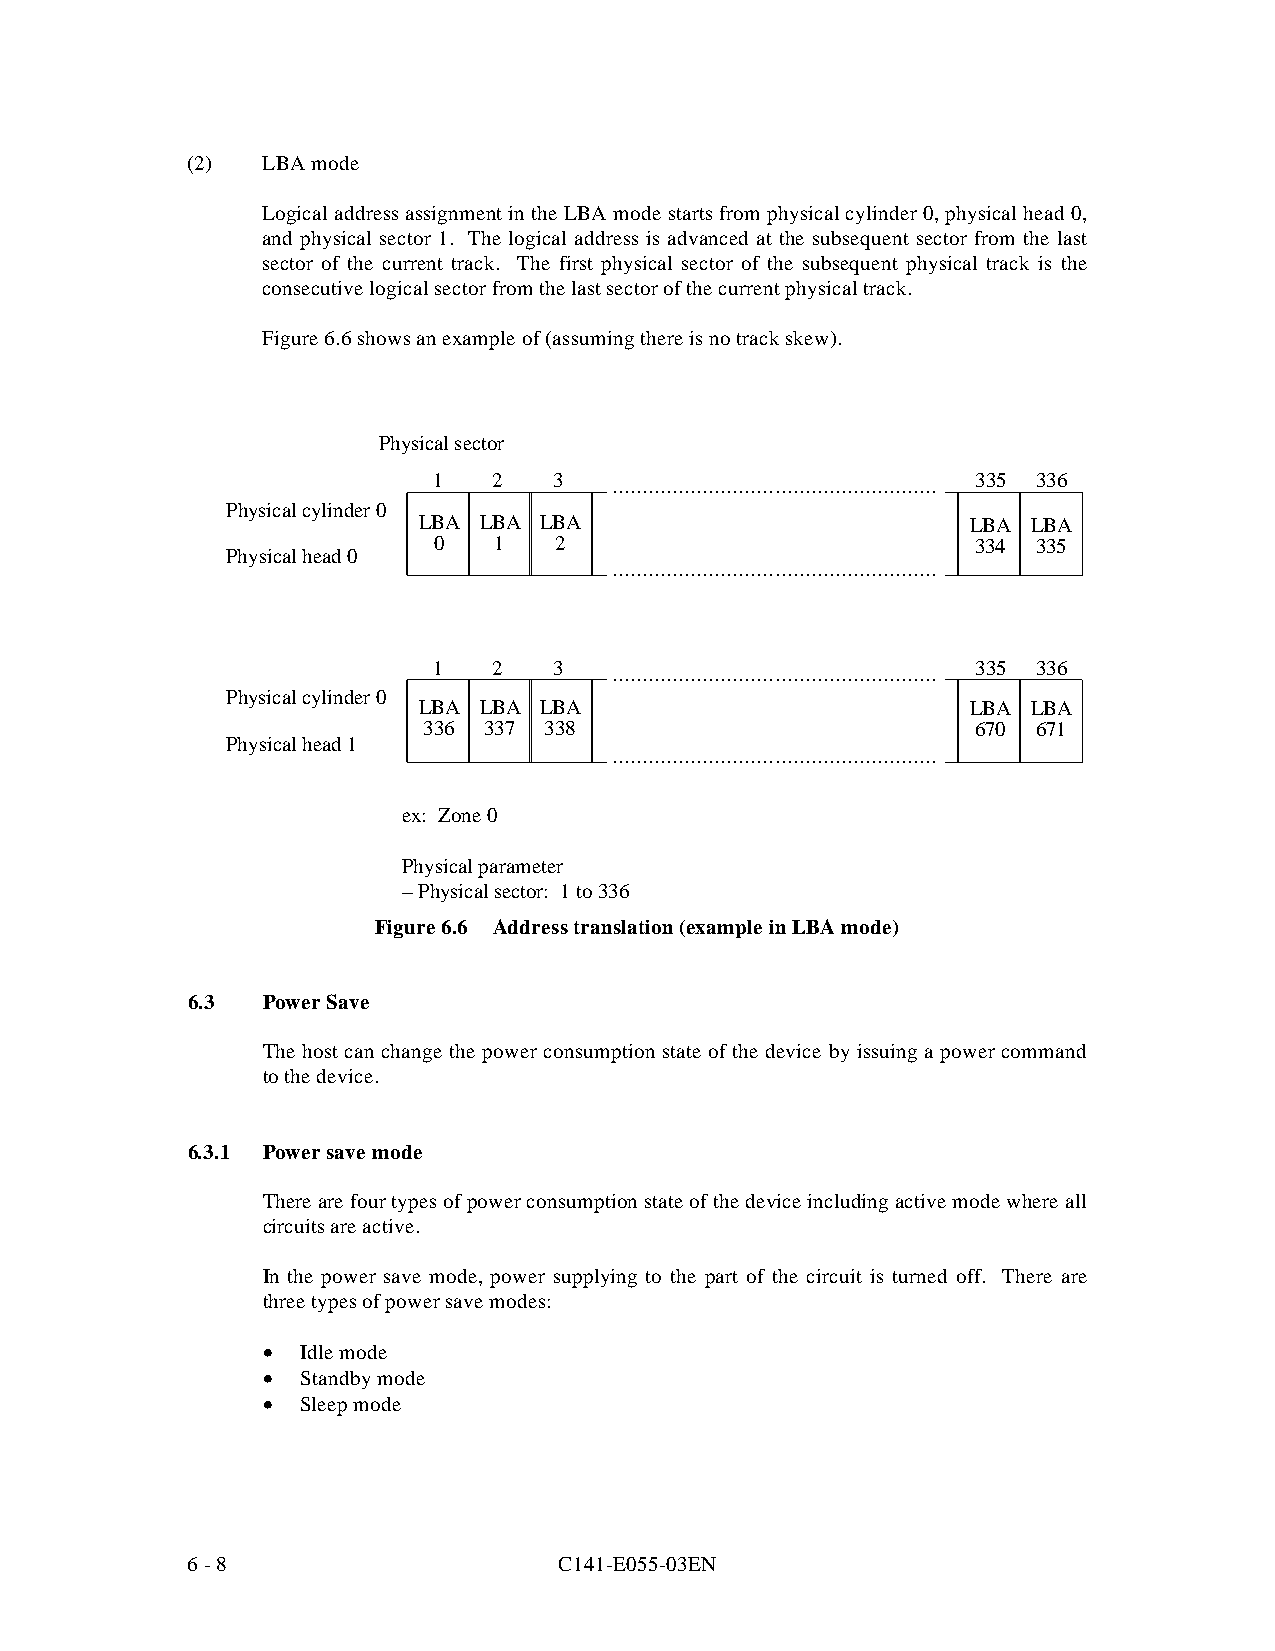
(2)  LBA mode
 Logical address assignment in the LBA mode starts from physical cylinder 0, physical head 0,
 and physical sector 1. The logical address is advanced at the subsequent sector from the last
 sector of the current track. The first physical sector of the subsequent physical track is the
 consecutive logical sector from the last sector of the current physical track.
 Figure 6.6 shows an example of (assuming there is no track skew).
 Physical sector
 1   2   3                           335 336
 Physical cylinder 0
 LBA LBA LBA                         LBA LBA
 0   1   2                           334 335
 Physical head 0
 1   2   3                           335 336
 Physical cylinder 0
 LBA LBA LBA                         LBA LBA
 336 337 338                          670 671
 Physical head 1
 ex: Zone 0
 Physical parameter
 – Physical sector: 1 to 336
 Figure 6.6 Address translation (example in LBA mode)
 6.3  Power Save
 The host can change the power consumption state of the device by issuing a power command
 to the device.
 6.3.1 Power save mode
 There are four types of power consumption state of the device including active mode where all
 circuits are active.
 In the power save mode, power suppl ying to the part of the circuit is turned off. There are
 three types of power save modes:
 •  Idle mode
 •  Standby mode
 •  Sleep mode
 6 - 8                    C141-E055-03EN